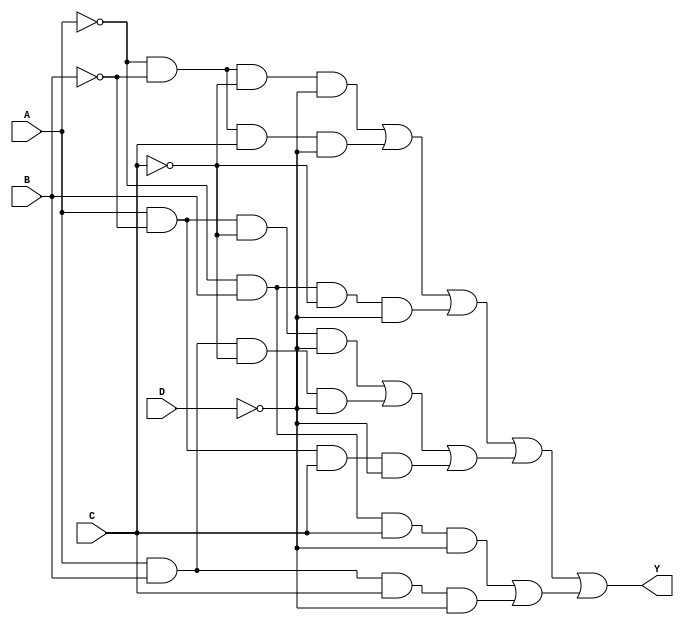
module combinational_logic (
    input wire A,          // First input
    input wire B,          // Second input
    input wire C,          // Third input
    input wire D,          // Fourth input
    output wire Y          // Output
);

// Internal signals for the minterms
wire m0 = ~A & ~B & ~C & ~D;  // Minterm 0 (0000)
wire m1 = ~A & ~B &  C & ~D;  // Minterm 1 (0001)
wire m2 = ~A &  B & ~C & ~D;  // Minterm 2 (0010)
wire m3 = ~A &  B &  C & ~D;  // Minterm 3 (0011)
wire m4 =  A & ~B & ~C & ~D;  // Minterm 4 (0100)
wire m5 =  A & ~B &  C & ~D;  // Minterm 5 (0101)
wire m6 =  A &  B & ~C & ~D;  // Minterm 6 (0110)
wire m7 =  A &  B &  C & ~D;  // Minterm 7 (0111)
// Define more minterms as needed...

// Assuming we extracted essential prime implicants based on given minterms.
// Let's say we want to implement the logic function Y = A'B'D' + AB + CD
// This signifies any combination that falls into true logic for the function defined from the truth table

// Generate product terms for essential prime implicants:
wire term1 = m0 | m1 | m2;   // Corresponding to A'B'D'
wire term2 = m4 | m6 | m5;   // Corresponding to AB
wire term3 = m3 | m7;        // Corresponding to CD

// Final output Y will be the OR of essential terms
assign Y = term1 | term2 | term3;

endmodule